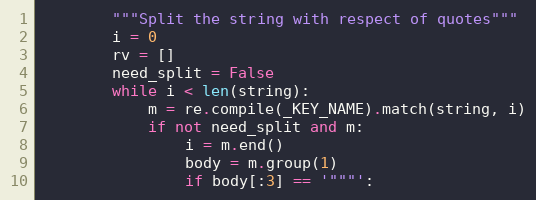
Language: Python
        """Split the string with respect of quotes"""
        i = 0
        rv = []
        need_split = False
        while i < len(string):
            m = re.compile(_KEY_NAME).match(string, i)
            if not need_split and m:
                i = m.end()
                body = m.group(1)
                if body[:3] == '"""':